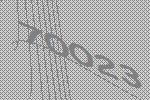
70023